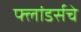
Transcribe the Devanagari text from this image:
फ्लांडर्सचे